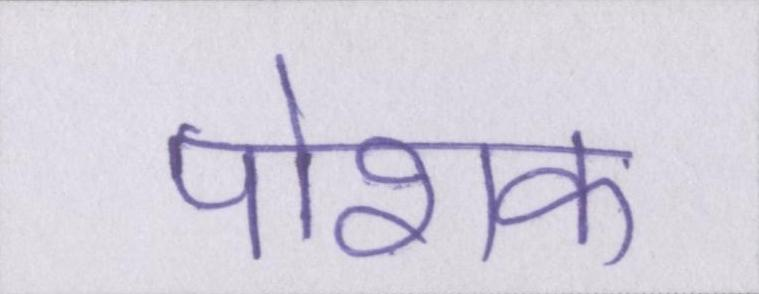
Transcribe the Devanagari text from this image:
पोशक